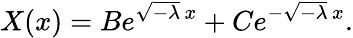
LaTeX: X(x)=Be^{{\sqrt{-\lambda}}\, x}+Ce^{-{\sqrt{-\lambda}}\, x}.